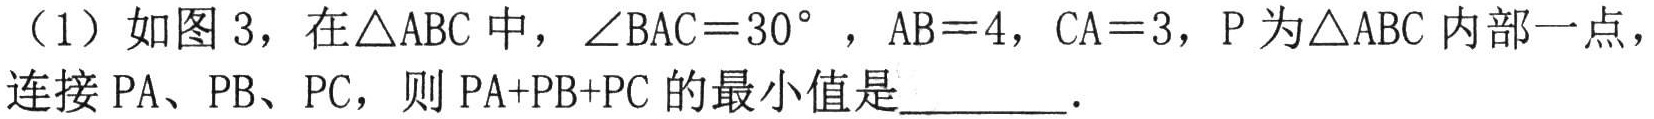
（1）如图 3，在\(\triangle ABC\)中，\(\angle BAC = 30^{\circ}\)，\(AB = 4\)，\(CA = 3\)，\(P\)为\(\triangle ABC\)内部一点，
连接\(PA\)、\(PB\)、\(PC\)，则\(PA + PB + PC\)的最小值是  ．